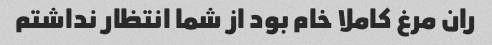
ران مرغ کاملا خام بود از شما انتظار نداشتم